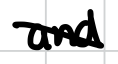
Text: and
Cross-out: diagonal
Writing tool: digital_black